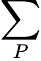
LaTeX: \sum_{P}